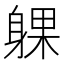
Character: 躶